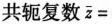
共轭复数\bar{z}=